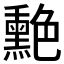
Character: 𦫯